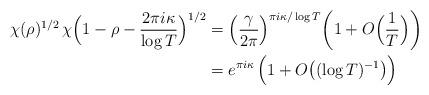
LaTeX: \begin{align*}\chi(\rho)^{1/2}\, \chi\Big(1-\rho -\frac{2\pi i \kappa}{\log T}\Big)^{1/2}&= \Big(\frac{\gamma}{2\pi}\Big)^{\pi i \kappa/\log T}\bigg(1+O\Big(\frac{1}{T}\Big)\bigg)\\&= e^{\pi i \kappa} \, \Big( 1 + O\big((\log T)^{-1} \big) \Big)\end{align*}